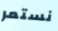
نستمر